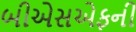
બીએસએફની